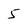
Character: 5